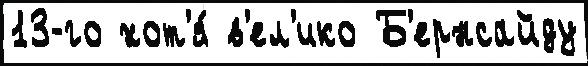
13-го хот'я́ в'ел'ико Б'ернсайду